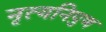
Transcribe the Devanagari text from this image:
नृत्यनिपुण